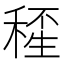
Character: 𥠍